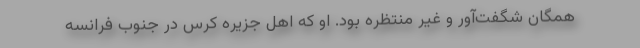
همگان شگفت‌آور و غیر منتظره بود. او که اهل جزیره کُرس در جنوب فرانسه